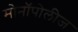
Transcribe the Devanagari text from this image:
मोनॉपोलीज